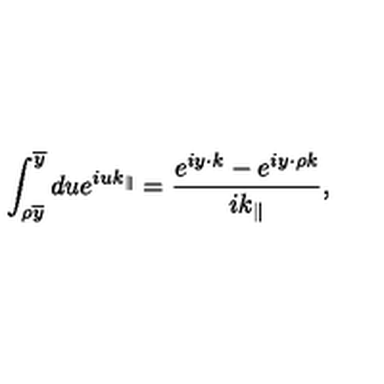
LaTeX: \int _ { \rho \overline { { y } } } ^ { \overline { { y } } } d u e ^ { i u k _ { \parallel } } = \frac { e ^ { i y \cdot k } - e ^ { i y \cdot \rho k } } { i k _ { \parallel } } ,